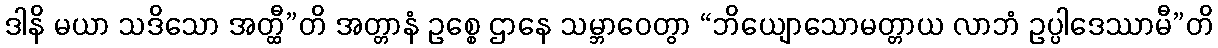
ဒါနိ မယာ သဒိသော အတ္ထီ”တိ အတ္တာနံ ဥစ္စေ ဌာနေ သမ္ဘာဝေတွာ “ဘိယျောသောမတ္တာယ လာဘံ ဥပ္ပါဒေဿာမီ”တိ